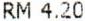
RM 4.20